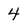
Character: 4